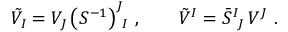
\tilde { \cal V } _ { I } = { \cal V } _ { J } \, \big ( { \cal S } ^ { - 1 } \big ) ^ { J } { } _ { \! I } \ , \qquad \tilde { \cal V } ^ { I } = \bar { \cal S } ^ { I } { } _ { \! J } \, { \cal V } ^ { J } \ .